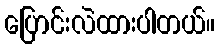
ပြောင်းလဲထားပါတယ်။